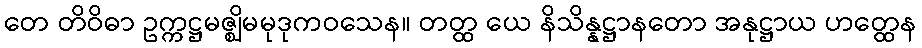
တေ တိဝိဓာ ဥက္ကဋ္ဌမဇ္ဈိမမုဒုကဝသေန။ တတ္ထ ယေ နိသိန္နဋ္ဌာနတော အနုဋ္ဌာယ ဟတ္ထေန